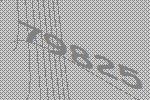
79825